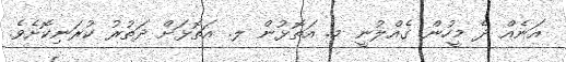
އަނެއް ދެ މީހުން ގެއްލުނީ މ. އަތޮޅުން ލ. އަތޮޅަށް ދަތުރު ކުރަނިކޮށެވެ.